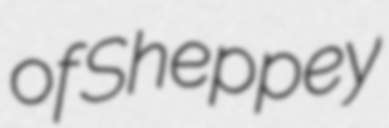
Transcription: of Sheppey